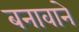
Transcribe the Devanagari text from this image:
बनावाने